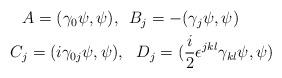
LaTeX: \begin{align*}\begin{aligned}A=(\gamma_0\psi,\psi),&\ \ B_j=- (\gamma_j\psi,\psi)\\C_j=(i\gamma_{0j}\psi,\psi) &,\ \ D_j= (\frac{i}{2}\epsilon^{jkl}\gamma_{kl}\psi,\psi)\end{aligned}\end{align*}